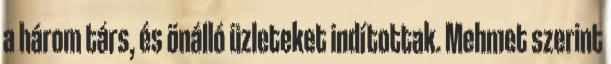
a három társ, és önálló üzleteket indítottak. Mehmet szerint